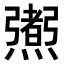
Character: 𤑜